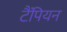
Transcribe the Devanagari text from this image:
टैंपियन